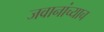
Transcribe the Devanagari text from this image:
जवानांच्याच